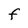
Character: f